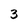
Character: 3